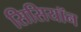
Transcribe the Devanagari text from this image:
सिसियॉन